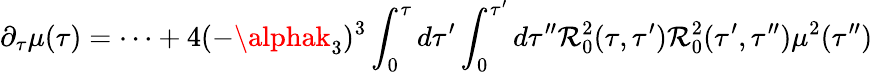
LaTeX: \partial_{\tau}\mu(\tau)=\dots+4(-\alphak_{3})^{3}\int_{0}^{\tau}d\tau^{\prime}\int_{0}^{\tau^{\prime}}d\tau^{\prime\prime}\mathcal{R}_{0}^{2}(\tau,\tau^{\prime})\mathcal{R}_{0}^{2}(\tau^{\prime},\tau^{\prime\prime})\mu^{2}(\tau^{\prime\prime})